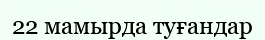
22 мамырда туғандар